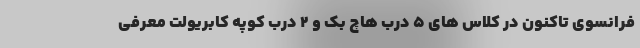
فرانسوی تاکنون در کلاس های 5 درب هاچ بک و 2 درب کوپه کابریولت معرفی